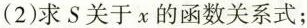
(2)求S关于x的函数关系式；